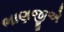
ભાણજીએ